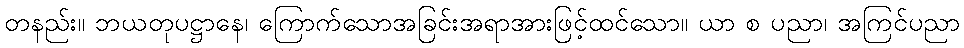
တနည်း။ ဘယတုပဋ္ဌာနေ၊ ကြောက်သောအခြင်းအရာအားဖြင့်ထင်သော။ ယာ စ ပညာ၊ အကြင်ပညာ